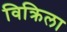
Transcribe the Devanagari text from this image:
विक्रिला